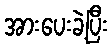
အားပေးခဲ့ပြီး